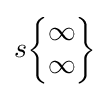
s{\begin{Bmatrix}\infty \\\infty \end{Bmatrix}}